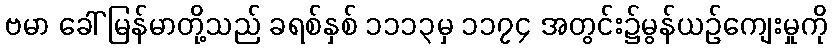
ဗမာ ခေါ် မြန်မာတို့သည် ခရစ်နှစ် ၁၁၁၃မှ ၁၁၇၄ အတွင်း၌မွန်ယဉ်ကျေးမှုကို